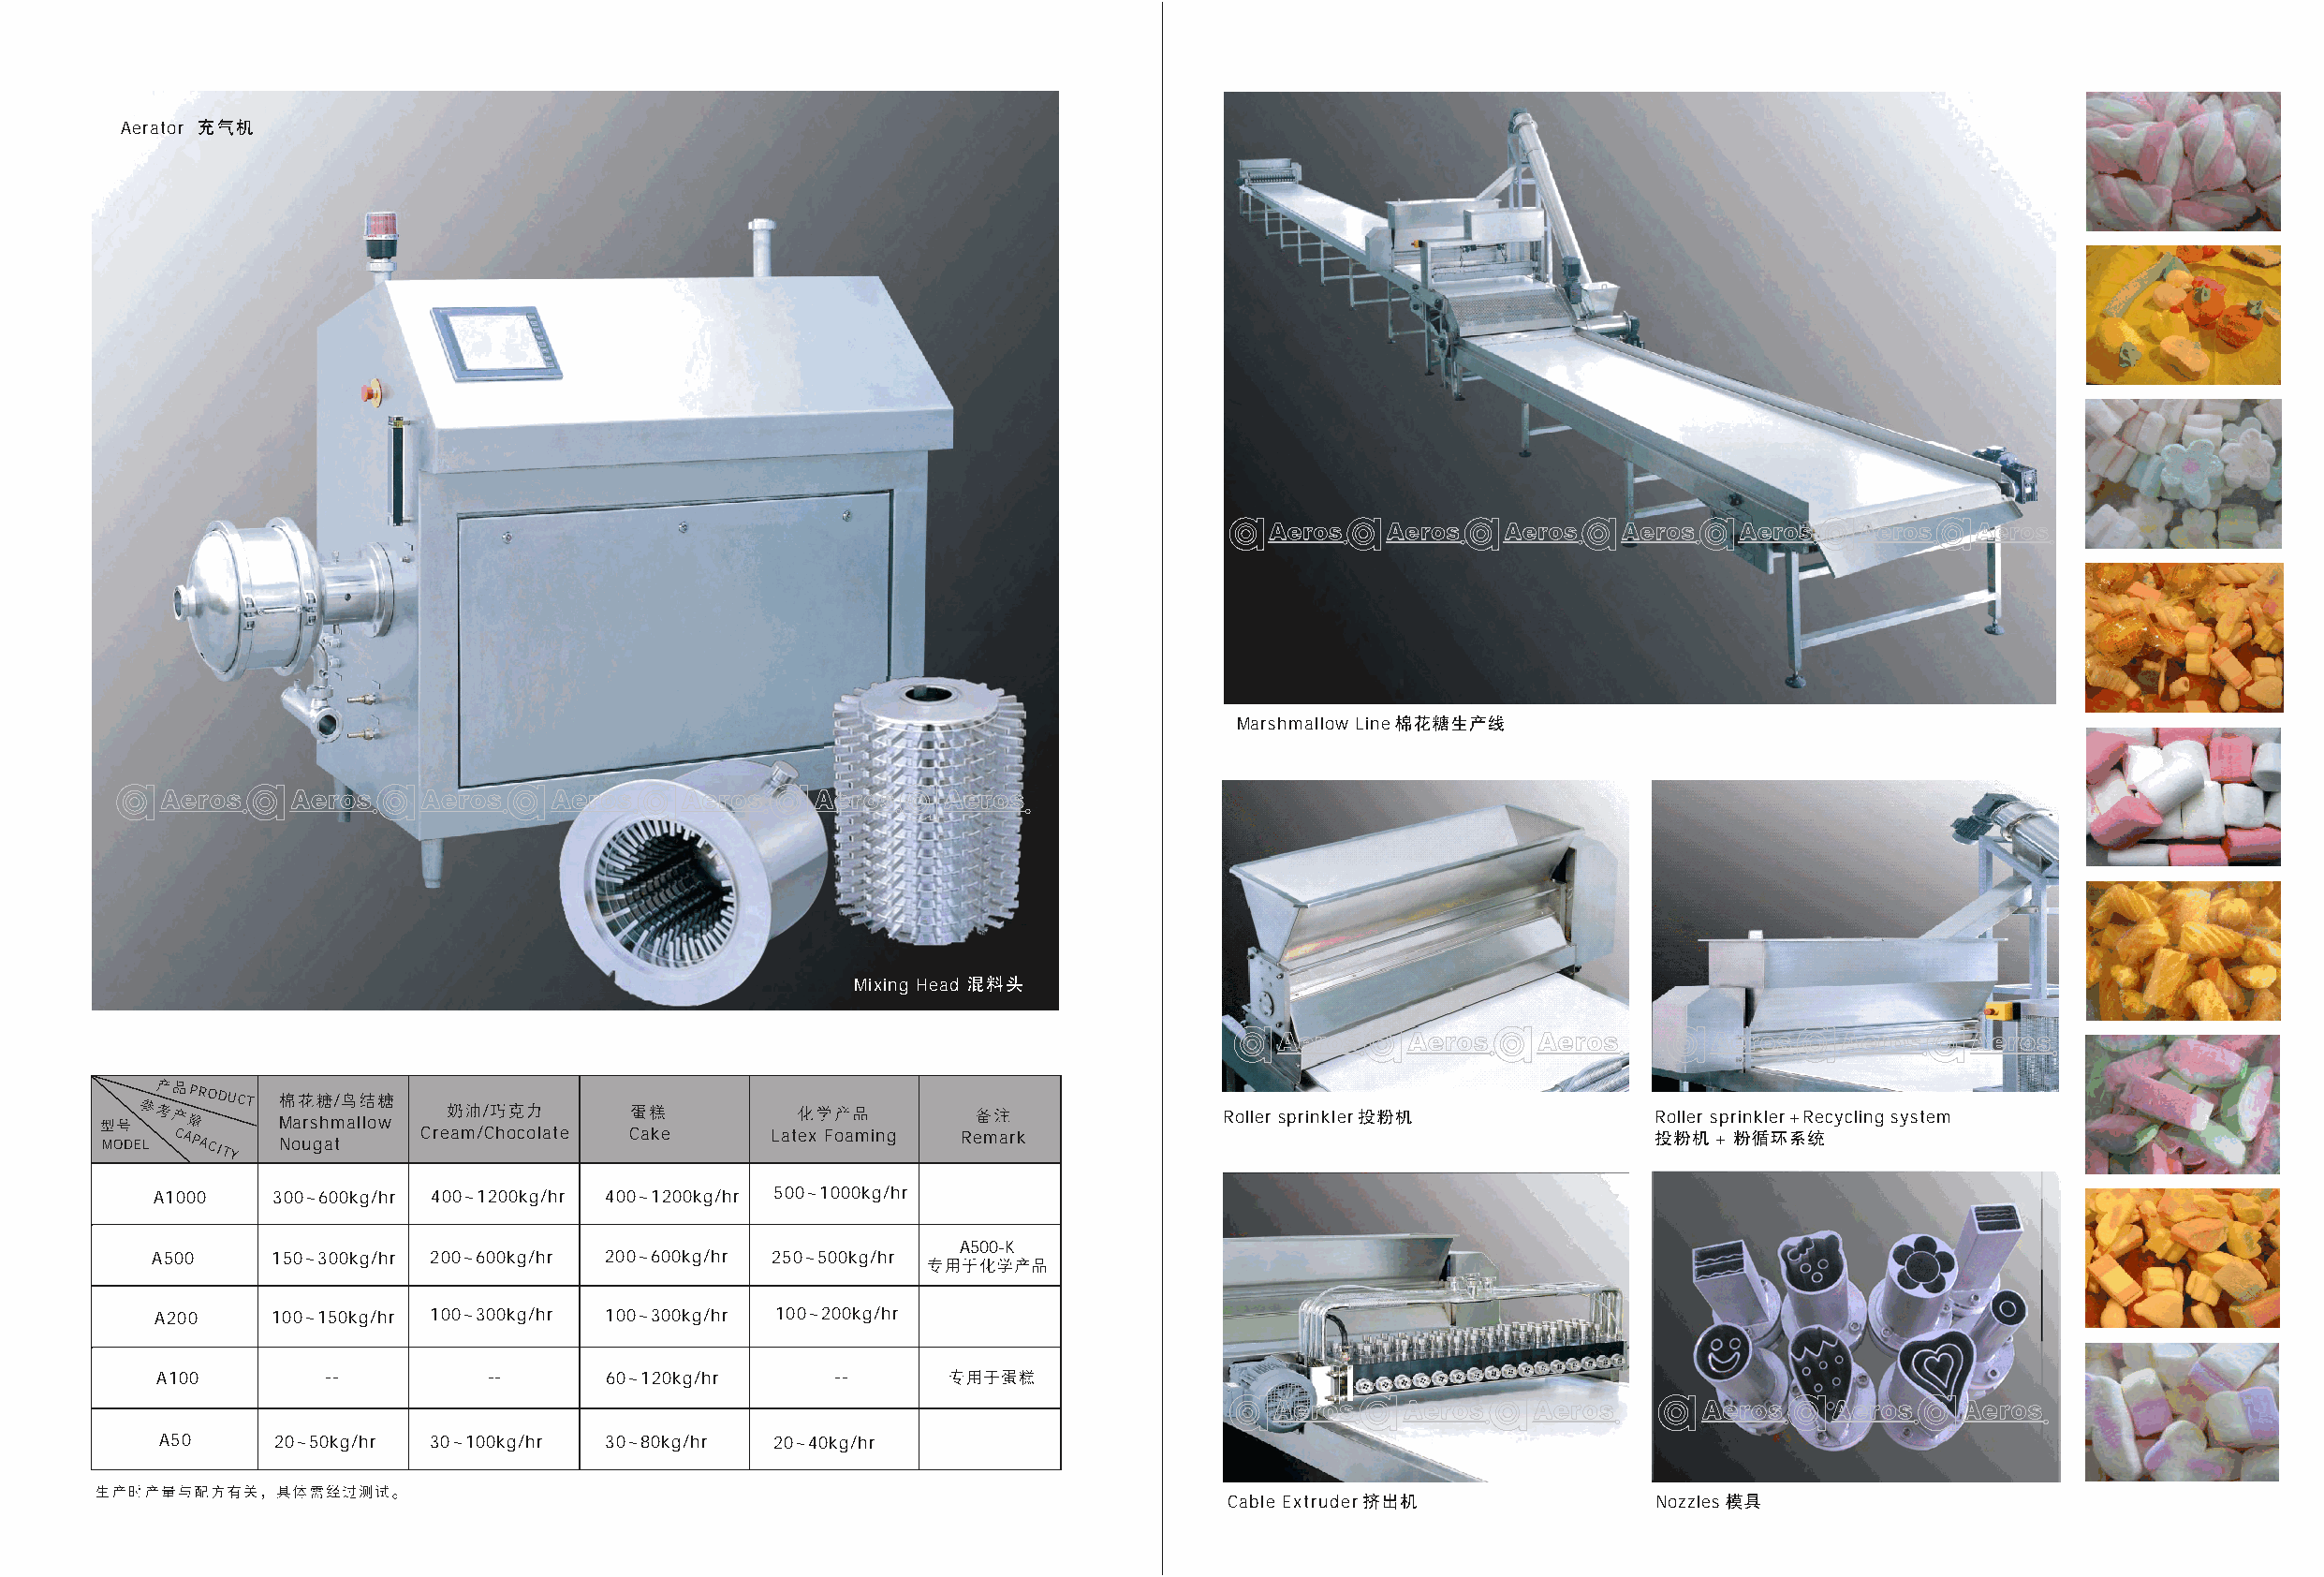
Aerator
 AAeerrooss AAeerrooss AAeerrooss AAeerrooss AAeerrooss AAeerrooss AAeerrooss
 Marshmallow Line
 AAeerrooss AAeerrooss AAeerrooss AAeerrooss AAeerrooss AAeerrooss AAeerrooss
 Mixing Head
 AAeerrooss AAeerrooss AAeerrooss AAeerrooss AAeerrooss AAeerrooss
 PRODUCT
 /
 /
 Marshmallow                                                       Roller sprinkler               Roller sprinkler +Recycling system
 MODEL CAPACITY Nougat  Cream/Chocolate Cake    Latex Foaming Remark                                               +
 A1000   300~600kg/hr 400~1200kg/hr 400~1200kg/hr 500~1000kg/hr
 A500-K
 A500    150~300kg/hr 200~600kg/hr 200~600kg/hr 250~500kg/hr
 A200    100~150kg/hr 100~300kg/hr 100~300kg/hr 100~200kg/hr
 A100        --         --       60~120kg/hr     --
 AAeerrooss AAeerrooss AAeerrooss AAeerrooss AAeerrooss AAeerrooss
 A50     20~50kg/hr 30~100kg/hr  30~80kg/hr  20~40kg/hr
 Cable Extruder                Nozzles